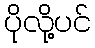
ပိုလို့ပင်